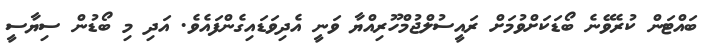
ބައްޓަން ކުރެވޭނެ ބޯޑަކަށްވުމަށް ރައީސުލްޖުމްހޫރިއްޔާ ވަނީ އެދިވަޑައިގެންފައެވެ. އަދި މި ބޯޑުން ސިޔާސީ